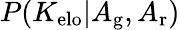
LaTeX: P(K_{\mathrm{elo}}|A_{\mathrm{g}},A_{\mathrm{r}})